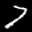
Label: 7